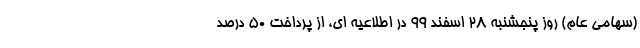
(سهامی عام)‌ روز پنجشنبه ۲۸ اسفند ۹۹ در اطلاعیه ای، از پرداخت ۵۰ درصد